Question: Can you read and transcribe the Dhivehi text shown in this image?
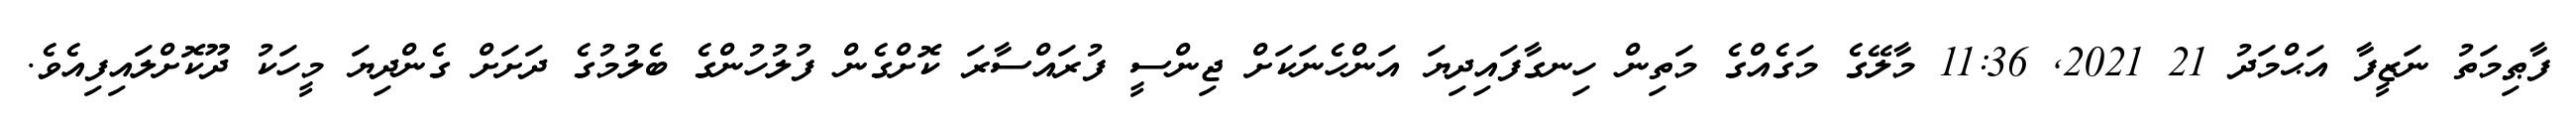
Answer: ފާޠިމަތު ނަޒީފާ އަޙްމަދު 21 2021, 11:36 މާލޭގެ މަގެއްގެ މަތިން ހިނގާފައިދިޔަ އަންހެނަކަށް ޖިންސީ ފުރައްސާރަ ކޮށްގެން ފުލުހުންގެ ބެލުމުގެ ދަށަށް ގެންދިޔަ މީހަކު ދޫކޮށްލައިފިއެވެ.